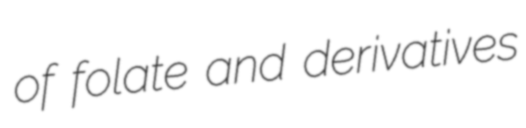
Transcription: of folate and derivatives